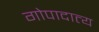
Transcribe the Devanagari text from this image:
गोपादात्य